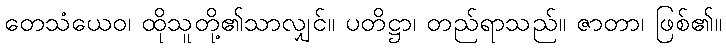
တေသံယေဝ၊ ထိုသူတို့၏သာလျှင်။ ပတိဋ္ဌာ၊ တည်ရာသည်။ ဇာတာ၊ ဖြစ်၏။